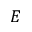
\boldsymbol { E }